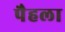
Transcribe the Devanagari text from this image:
पैहला